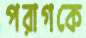
পরাগকে